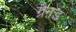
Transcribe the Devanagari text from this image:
ग्रैनड